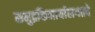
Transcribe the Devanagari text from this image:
समुद्रकिनार्यालगतचे